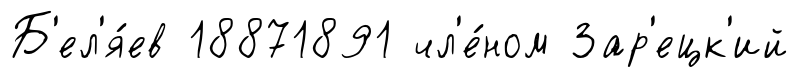
Б'ел'я́ев 18871891 чл'е́ном Зар'ецк'ий